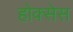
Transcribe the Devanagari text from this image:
होक्सेस